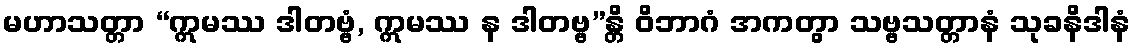
မဟာသတ္တာ “ဣမဿ ဒါတဗ္ဗံ, ဣမဿ န ဒါတဗ္ဗ”န္တိ ဝိဘာဂံ အကတွာ သဗ္ဗသတ္တာနံ သုခနိဒါနံ